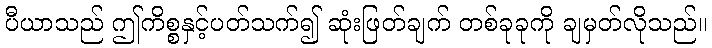
ပီယာသည် ဤကိစ္စနှင့်ပတ်သက်၍ ဆုံးဖြတ်ချက် တစ်ခုခုကို ချမှတ်လိုသည်။